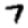
Digit: 7